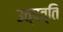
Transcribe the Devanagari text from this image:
उत्‍पत्ति